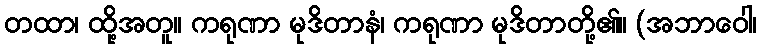
တထာ၊ ထို့အတူ။ ကရုဏာ မုဒိတာနံ၊ ကရုဏာ မုဒိတာတို့၏။ (အဘာဝေါ၊